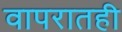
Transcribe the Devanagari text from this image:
वापरातही